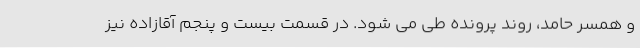
و همسر حامد، روند پرونده طی می شود. در قسمت بیست و پنجم آقازاده نیز